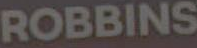
ROBBINS